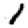
Digit: 1